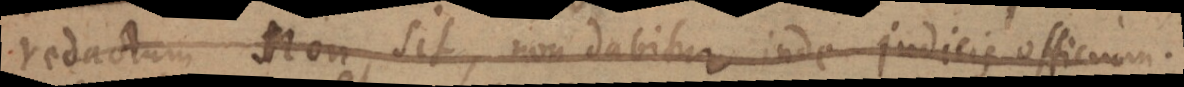
redactum non sit, non dabitur inde judicis officium.